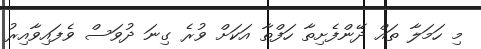
މި ހަމަލާ ތައް ދޭންފެށިތާ ހަފްތާ އަކަށް ވުރެ ގިނަ ދުވަސް ވެފައިވާއިރު